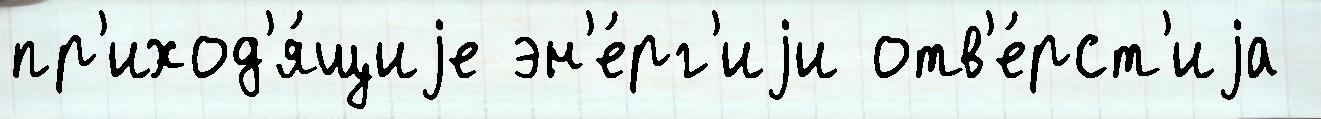
пр'иход'я́щиjе эн'е́рг'иjи отв'е́рст'иjа